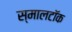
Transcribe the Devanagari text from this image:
स्मालटॉक